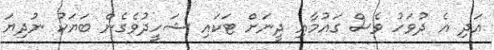
އަދި އެ ދުވަހު ވެސް ގައުމާއި ދީނަށް ޓަކައި ޝަހީދުވެގެން ބަޔަކު ނުދިޔަ